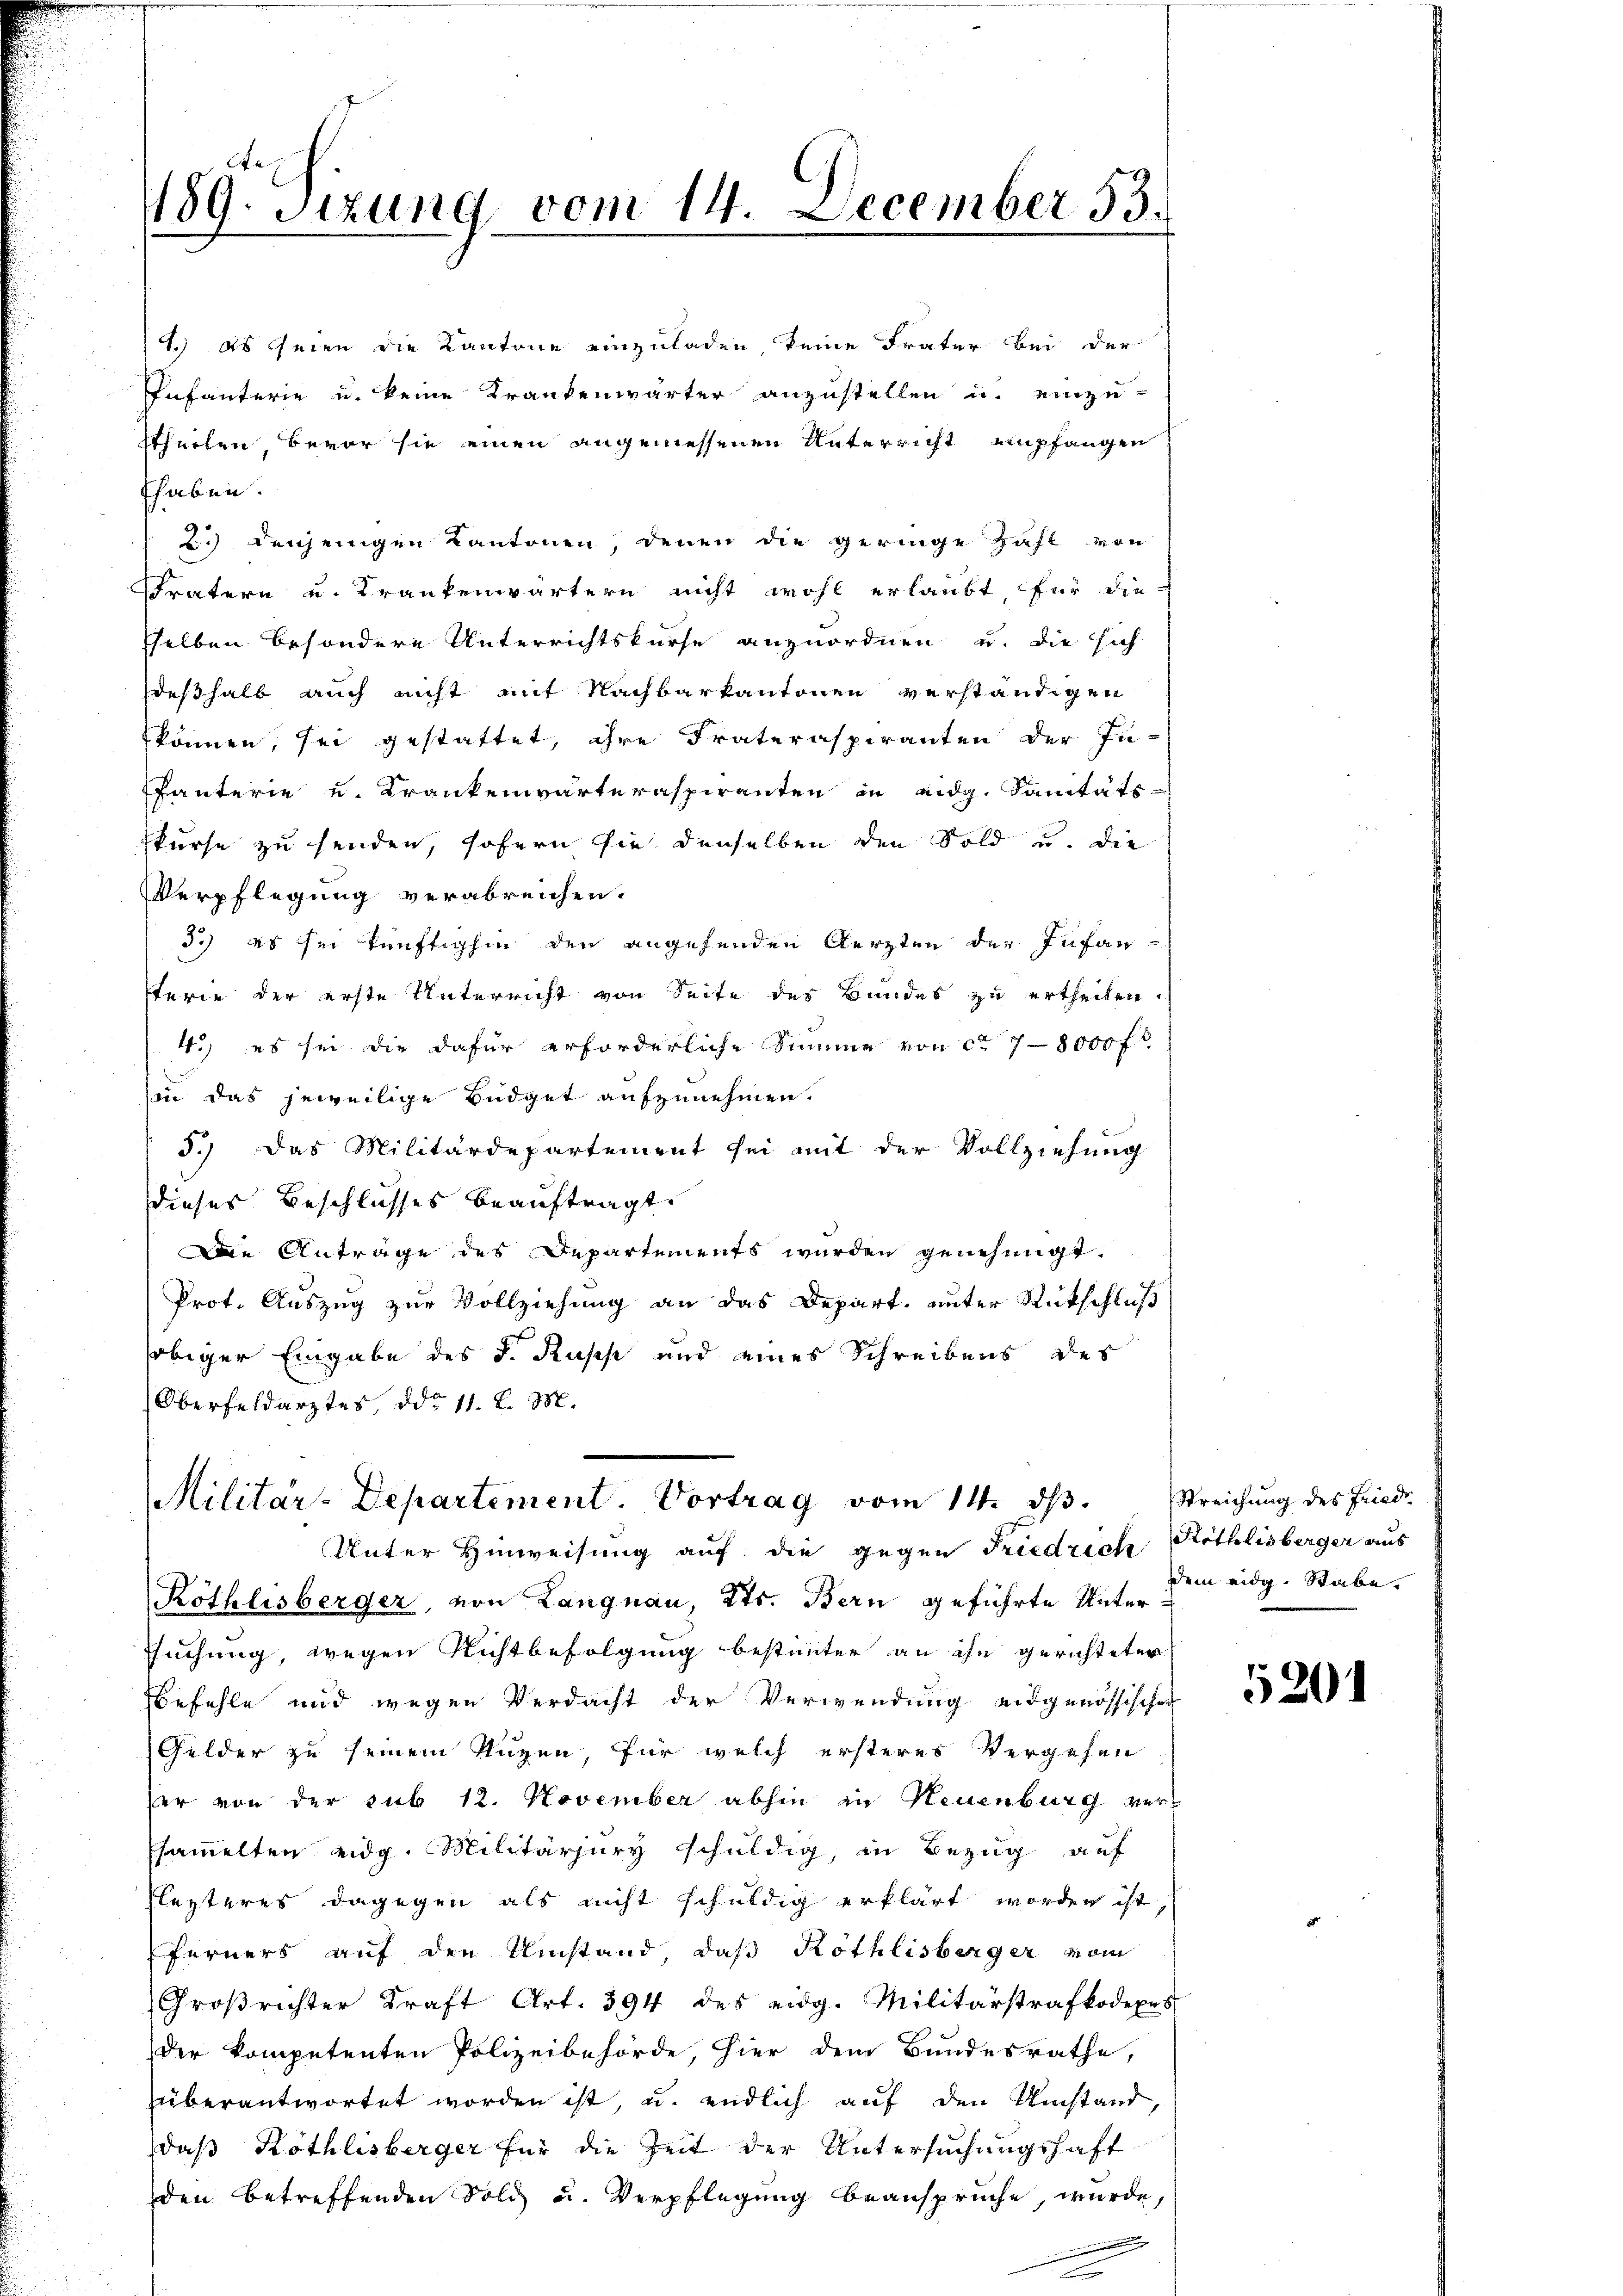
1.) Es seien die Kantone einzuladen keine Frater bei der
Infanterie u. keine Krankenwärter anzustellen u. einzu-
stheilen, bevor sie einen angemessenen Unterricht empfangen
thaben.
2.) denjenigen Kantonen, denen die geringe Zahl von
FFratern und Krankenwärtern nicht wohl erlaubt für die
sselben besondere Unterrichtskurse anzuordnen u. die sich
deßhalb auch nicht mit Nachbarkantonen verständigen
können, sei gestattet, ihre Frateraspiranten der In-
fauterie u. Krankenvarteraspiranten in eidg. Sanitäts-
skurse zu senden, sofern sie denselben den Sold u. die
Verpflegung verabreichen.
3.) Es sei künftighin den angehenden Aerzten der Infansterie der erste Unterricht von Seite des Bundes zu ertheilen.
4.) es sei die dafür erforderliche Summe von ca 7-8 000 fl
sin das jeweilige Budget aufzunehmen.
5.) Das Militärdepartement sei mit der Vollziehung
Dieses Beschlusses beauftragt.
Die Anträge des Departements wurden genehmigt.
Prot. Auszug zur Vollziehung an das Depart, unter Rückschluß
obiger Eingabe des K. Russ und eines Schreibens des
Oberfeldarztes, ddo 11. d. M.
Militär-Departement. Vortrag vom 14. dβ. Streichŭng des Fried.

189. Sitzung vom 14. December 83.

Unter Hinweisung auf die gegen Friedrich

Röthlisberger, von Langnau, Kts. Bern geführte Unter
suchung, wegen Richtbefolgung bestimmter an ihn gerichteter
befehle und wegen Verdacht der Verwendung eidgenössischer
Gelder zu seinem Tugen, für welch ersteres Vergehen
er von der sub 12. November abhin in Neuenburg verssammelten eidg. Militarjury schuldig, in Bezug auf
Flezteres dagegen als nicht schuldig erklärt worden ist,
ferners auf den Umstand, daß Röthlisberger vom
Großrichter Kraft Art. 394 des eidg. Militärstrafkodeper
der kompetenten Polizeibehörde, hier dem Bundesrathe,
überantwortet worden ist, u. endlich auf den Umstand,
daß Köthlisberger für die Zeit der Untersuchungshaft
den betreffenden Sold u. Verpflegung beansprüche, wurde,
e

Röthlisberger aus
dem eidg. Stabe.

5201